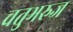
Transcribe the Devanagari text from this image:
चतुभरुज